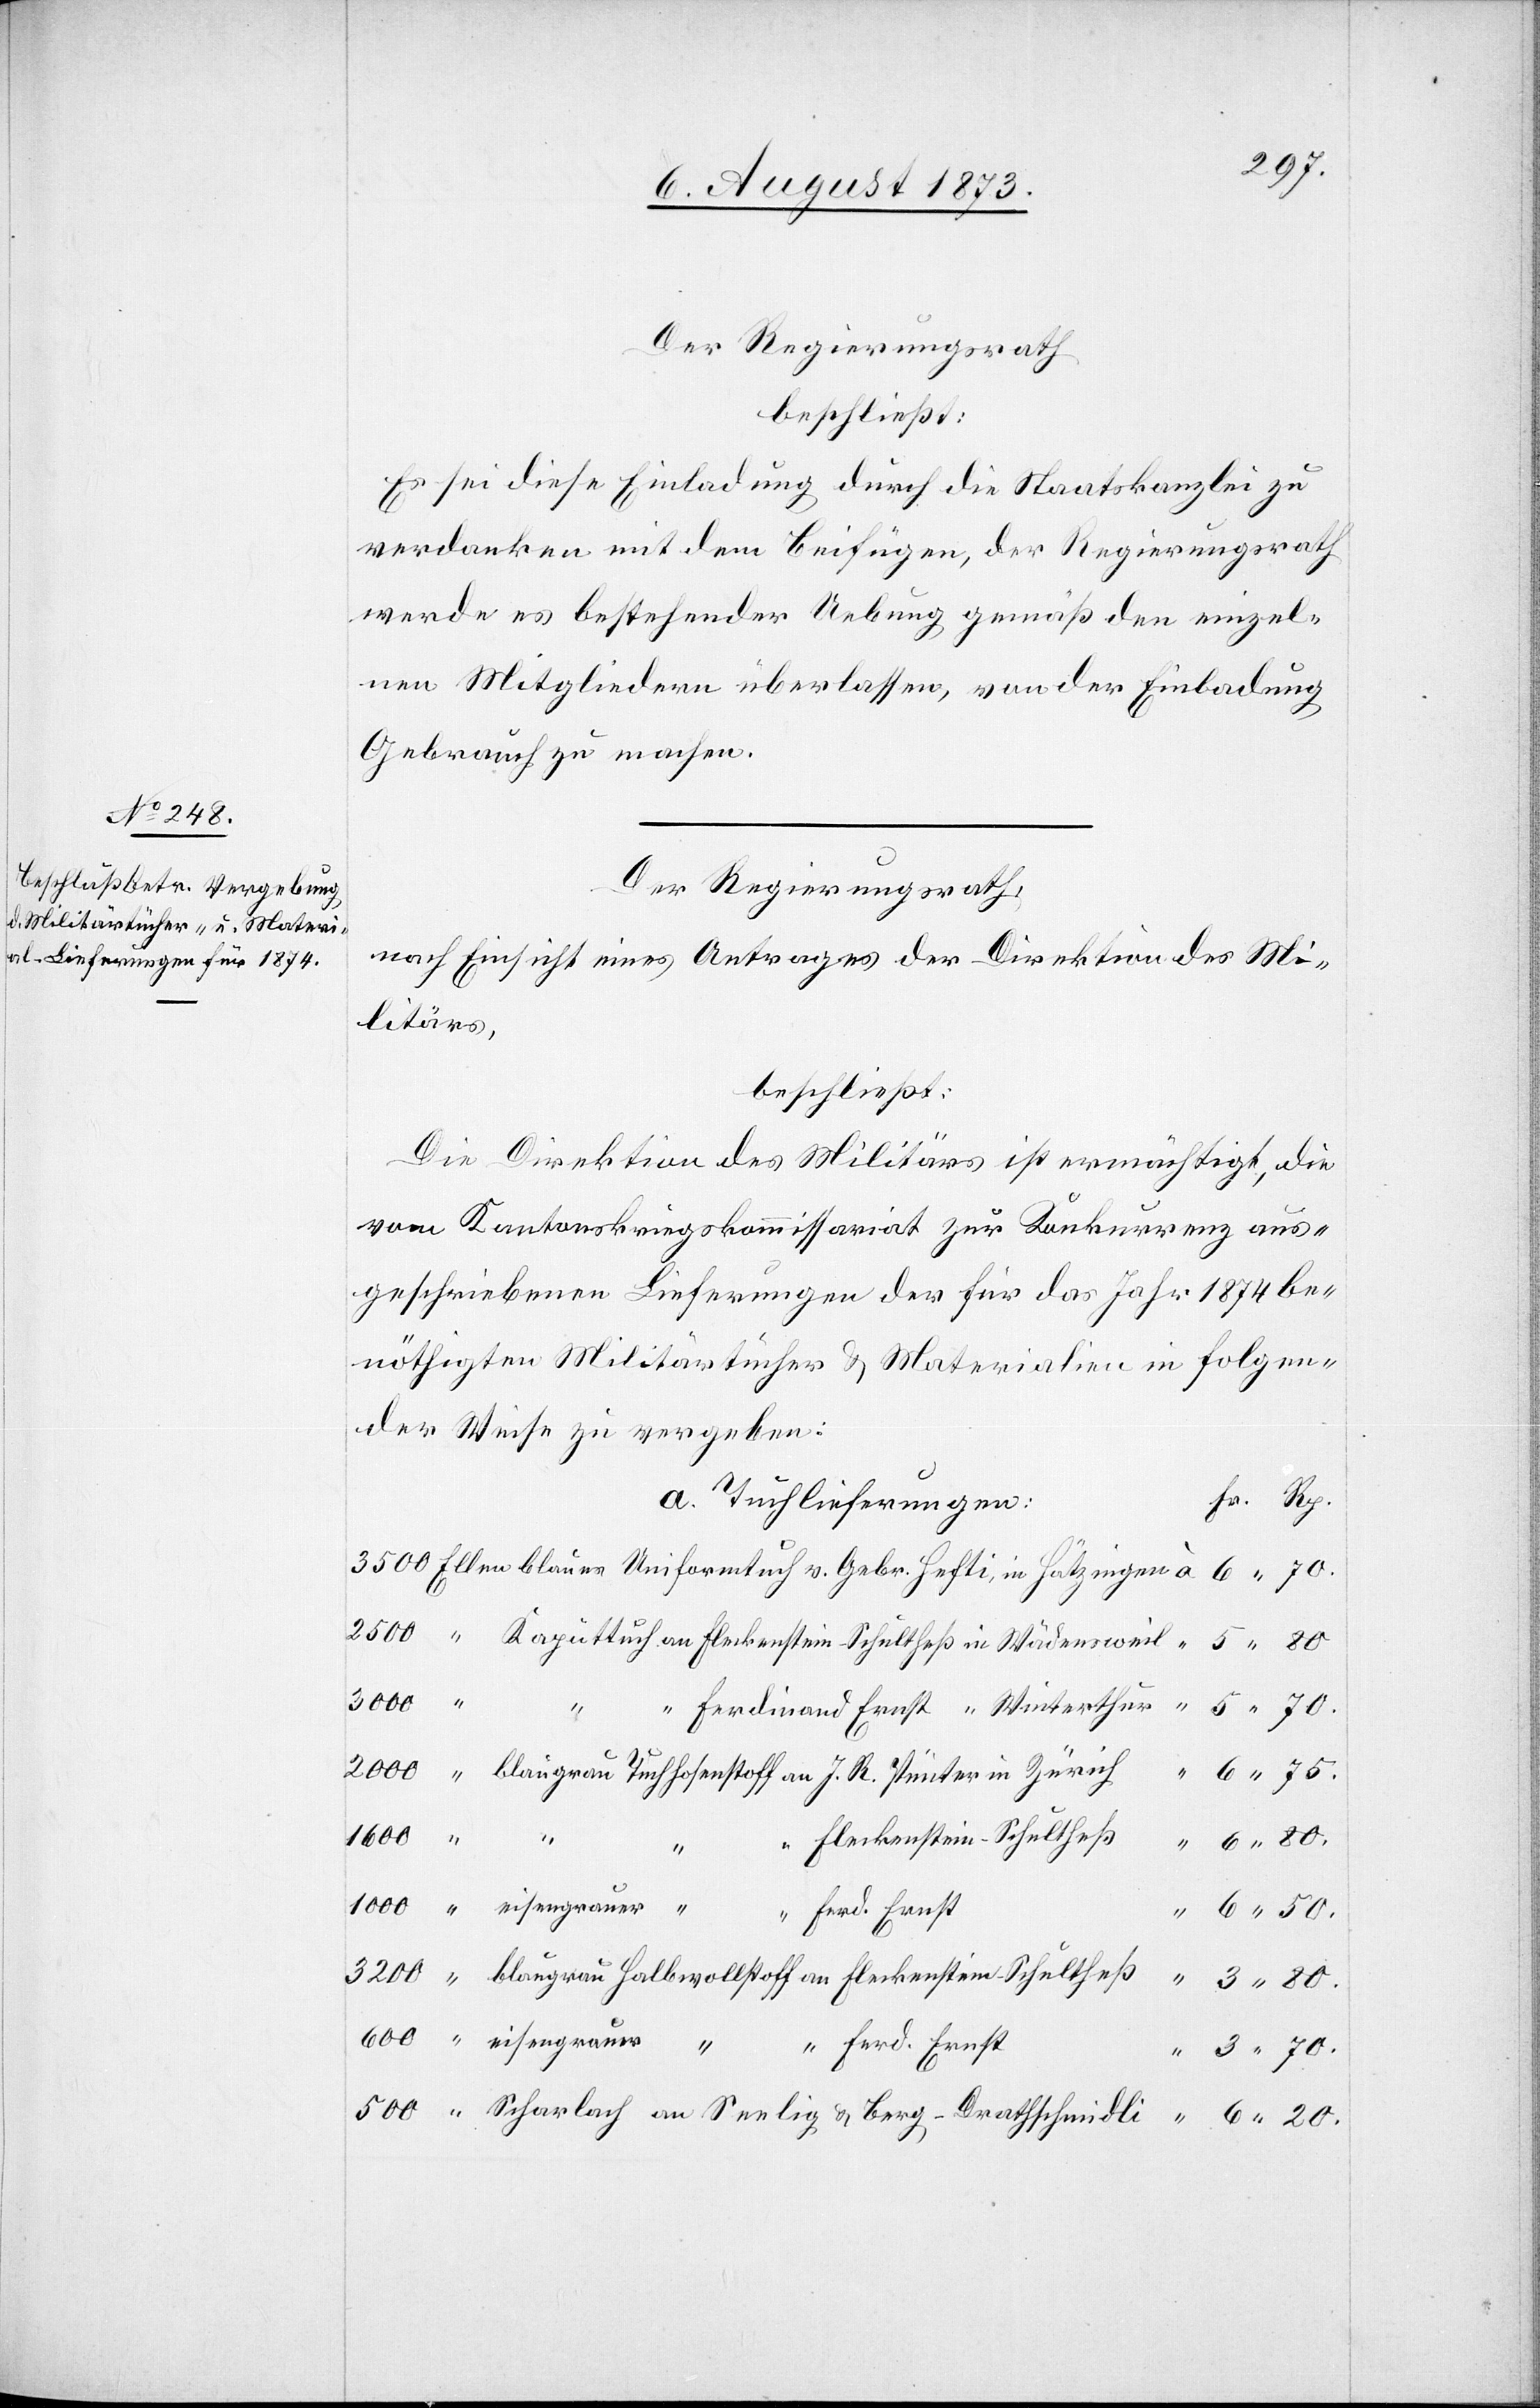
Der Regierungsrath
beschließt:
Es sei diese Einladung durch die Staatskanzlei zu
verdanken mit dem Beifügen, der Regierungsrath
werde es bestehender Uebung gemäß den einzel¬
nen Mitgliedern überlassen, von der Einladung
Gebrach zu machen.
Der Regierungsrath,
nach Einsicht eines Antrages der Direktion des Mi¬
litärs,
beschließt:
Die Direktion des Militärs ist ermächtigt, die
vom Kantonskriegskommissariat zur Konkurrenz aus¬
geschriebenen Lieferungen der für das Jahr 1874 be¬
nöthigten Militärtücher & Materialien in folgen¬
der Weise zu vergeben:
a. Tuchlieferungen:
J. R.
Ferdinand Ernst “ Winterthur
1 000
an Fleckenstein-Schultheß
70.
500
“ Ferd. Ernst
Scharlach an Seelig & Berg-Drathschmidli